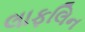
લાફલિન